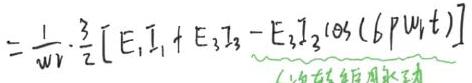
$=\frac{1}{w r} \cdot \frac{3}{2}\left[E_{1} I_{1}+E_{3} I_{3}-E_{3} I_{3} \cos \left(6 p w_{1} t\right)\right]$